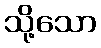
သို့သော